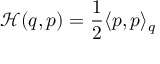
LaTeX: { \mathcal { H } } ( q , p ) = { \frac { 1 } { 2 } } \langle p , p \rangle _ { q }